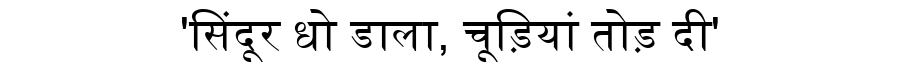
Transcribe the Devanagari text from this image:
'सिंदूर धो डाला, चूड़ियां तोड़ दी'